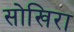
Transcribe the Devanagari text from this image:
सोखिरा